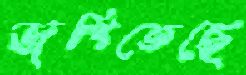
জপিতেছে